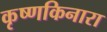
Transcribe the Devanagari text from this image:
कृष्णकिनारा